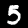
Label: 5